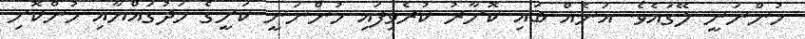
ހުންނަނީ ލޭގައެވެ. އަނެއް ބައި ކޮށާރު ކުރެވިފައި ހުންނަނީ ކަށީގެ މަދުގައްޔާއި ހުންކޮށި